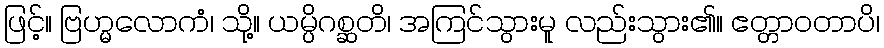
ဖြင့်။ ဗြဟ္မလောကံ၊ သို့။ ယမ္ပိဂစ္ဆတိ၊ အကြင်သွားမူ လည်းသွား၏။ ဧတ္တာဝတာပိ၊